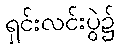
ရှင်းလင်းပွဲ၌